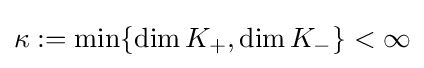
\kappa :=\min\{\dim K_{+},\dim K_{-}\}<\infty